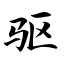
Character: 驱